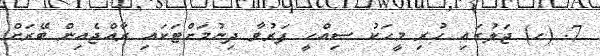
7. (ހ) ޖަލުގައި ހުރި މީހަކު ޞިއްޙީ ފަރުވާ ދިނުމަށްޓަކައި ރާއްޖެއިން ބޭރަށް